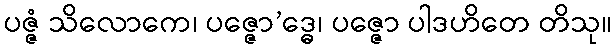
ပဇ္ဇံ သိလောကေ၊ ပဇ္ဇော’ဒ္ဓေ၊ ပဇ္ဇော ပါဒဟိတေ တိသု။